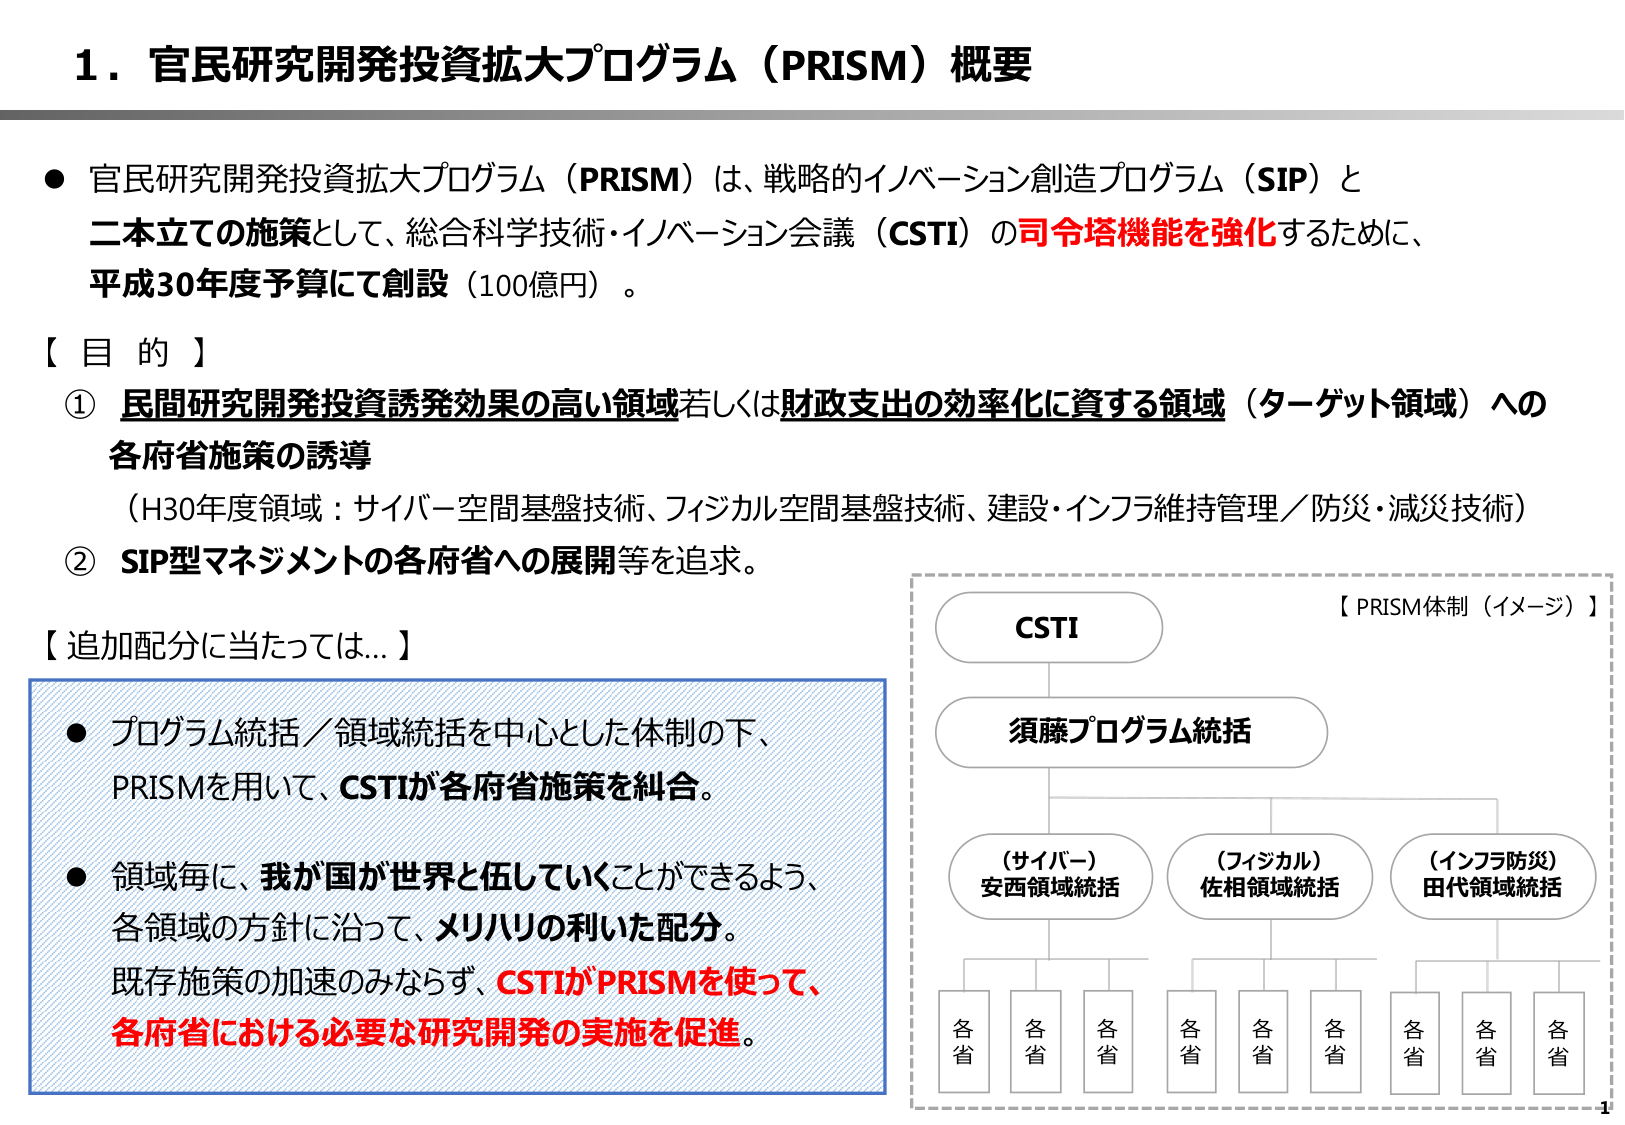
1. 官民研究開発投資拡大プログラム（PRISM）概要

● 官民研究開発投資拡大プログラム（PRISM）は、戦略的イノベーション創造プログラム（SIP）と二本立ての施策として、総合科学技術・イノベーション会議（CSTI）の司令塔機能を強化するために、平成30年度予算にて創設（100億円）。

【目的】
① 民間研究開発投資誘発効果の高い領域若しくは財政支出の効率化に資する領域（ターゲット領域）への各府省施策の誘導
（H30年度領域：サイバー空間基盤技術、フィジカル空間基盤技術、建設・インフラ維持管理／防災・減災技術）
② SIP型マネジメントの各府省への展開等を追求。

【追加配分に当たっては…】
● プログラム統括／領域統括を中心とした体制の下、PRISMを用いて、CSTIが各府省施策を糾合。
● 領域毎に、我が国が世界と伍していくことができるよう、各領域の方針に沿って、メリハリの利いた配分。既存施策の加速のみならず、CSTIがPRISMを使って、各府省における必要な研究開発の実施を促進。

【PRISM体制（イメージ）】
CSTI
須藤プログラム統括
（サイバー）安西領域統括
（フィジカル）佐相領域統括
（インフラ防災）田代領域統括
各省 各省 各省 各省 各省 各省 各省 各省 各省

1